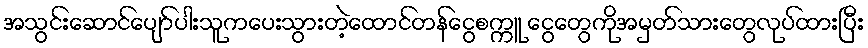
အသွင်းဆောင်ပျော်ပါးသူကပေးသွားတဲ့ထောင်တန်ငွေစက္ကူ ငွေတွေကိုအမှတ်သားတွေလုပ်ထားပြီး